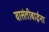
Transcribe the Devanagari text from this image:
वासंतीबाईंना